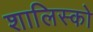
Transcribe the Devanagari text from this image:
शालिस्को